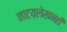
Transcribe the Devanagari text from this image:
नाटय़लेखनही